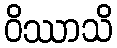
ဝိဿာသိ